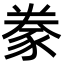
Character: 豢